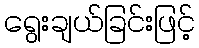
ရွေးချယ်ခြင်းဖြင့်